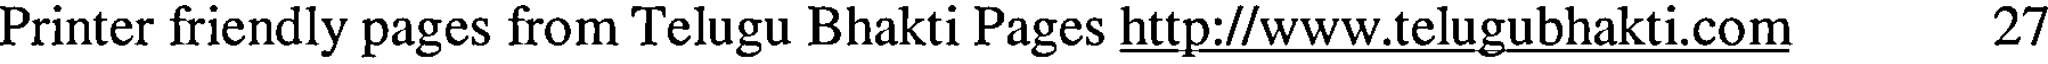
Printer friendly pages from Telugu Bhakti Pages http://www.telugubhakti.com 27